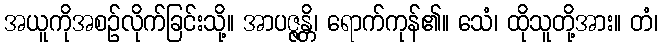
အယူကိုအစဉ်လိုက်ခြင်းသို့။ အာပဇ္ဇန္တိ၊ ရောက်ကုန်၏။ သေံ၊ ထိုသူတို့အား။ တံ၊